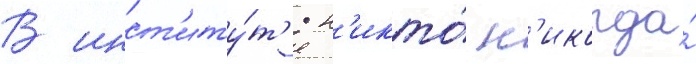
В инст'иту́т'е н'икто́ н'икогда́